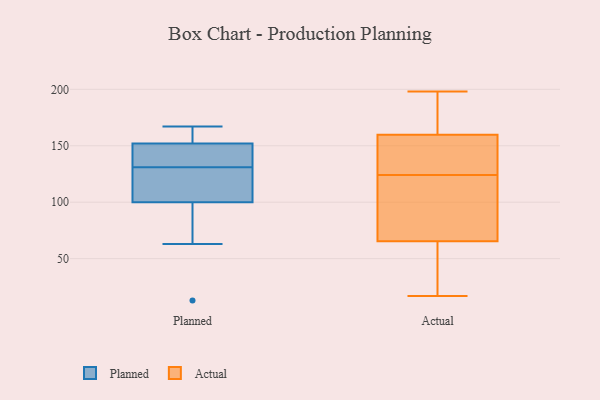
{"axis": {"x": "Net Income (USD K)", "y": "Value"}, "legend": ["Actual", "Planned"], "data": [{"x": "", "y": 13, "type": "Planned"}, {"x": "", "y": 136, "type": "Planned"}, {"x": "", "y": 140, "type": "Planned"}, {"x": "", "y": 63, "type": "Planned"}, {"x": "", "y": 152, "type": "Planned"}, {"x": "", "y": 167, "type": "Planned"}, {"x": "", "y": 126, "type": "Planned"}, {"x": "", "y": 154, "type": "Planned"}, {"x": "", "y": 100, "type": "Planned"}, {"x": "", "y": 116, "type": "Planned"}, {"x": "", "y": 191, "type": "Actual"}, {"x": "", "y": 107, "type": "Actual"}, {"x": "", "y": 17, "type": "Actual"}, {"x": "", "y": 132, "type": "Actual"}, {"x": "", "y": 141, "type": "Actual"}, {"x": "", "y": 32, "type": "Actual"}, {"x": "", "y": 177, "type": "Actual"}, {"x": "", "y": 156, "type": "Actual"}, {"x": "", "y": 48, "type": "Actual"}, {"x": "", "y": 62, "type": "Actual"}, {"x": "", "y": 95, "type": "Actual"}, {"x": "", "y": 76, "type": "Actual"}, {"x": "", "y": 124, "type": "Actual"}, {"x": "", "y": 187, "type": "Actual"}, {"x": "", "y": 33, "type": "Actual"}, {"x": "", "y": 112, "type": "Actual"}, {"x": "", "y": 144, "type": "Actual"}, {"x": "", "y": 161, "type": "Actual"}, {"x": "", "y": 198, "type": "Actual"}]}